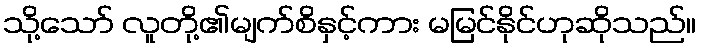
သို့သော် လူတို့၏မျက်စိနှင့်ကား မမြင်နိုင်ဟုဆိုသည်။